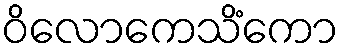
ဝိလောကေသိံကော